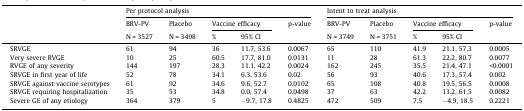
| <ROWSPAN=3>  | <COLSPAN=5> Per protocol analysis | <COLSPAN=5> Intent to treat analysis |
 | BRV-PV | Placebo | <COLSPAN=2> Vaccine efficacy | <ROWSPAN=2> p-value | BRV-PV | Placebo | <COLSPAN=2> Vaccine efficacy | <ROWSPAN=2> p-value |
 | N = 3527 | N = 3498 | % | 95% CI | N = 3749 | N = 3751 | % | 95% CI |
 | --- | --- | --- | --- | --- | --- | --- | --- | --- | --- | --- |
 | SRVGE | 61 | 94 | 36 | 11.7, 53.6 | 0.0067 | 65 | 110 | 41.9 | 21.1, 57.3 | 0.0005 |
 | Very severe RVGE | 10 | 25 | 60.5 | 17.7, 81.0 | 0.0131 | 11 | 28 | 61.3 | 22.2, 80.7 | 0.0077 |
 | RVGE of any severity | 144 | 197 | 28.3 | 11.1, 42.2 | 0.0024 | 162 | 245 | 35.5 | 21.4, 47.1 | <0.0001 |
 | SRVGE in first year of life | 52 | 78 | 34.1 | 6.3, 53.6 | 0.02 | 56 | 93 | 40.6 | 17.3, 57.4 | 0.002 |
 | SRVGE against vaccine serotypes | 61 | 92 | 34.6 | 9.6, 52.7 | 0.0102 | 65 | 108 | 40.8 | 19.5, 56.5 | 0.0008 |
 | SRVGE requiring hospitalization | 35 | 53 | 34.8 | 0.0, 57.4 | 0.0498 | 37 | 63 | 42.2 | 13.2, 61.5 | 0.0082 |
 | Severe GE of any etiology | 364 | 379 | 5 | −9.7, 17.8 | 0.4825 | 472 | 509 | 7.5 | −4.9, 18.5 | 0.2221 |